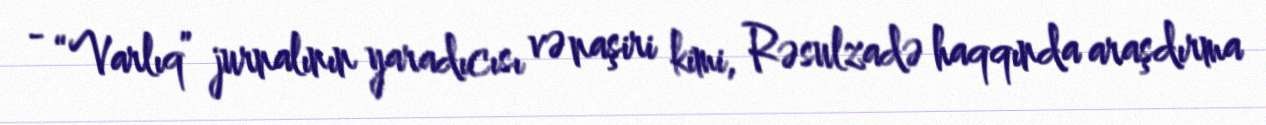
- “Varlıq” jurnalının yaradıcısı və naşiri kimi, Rəsulzadə haqqında araşdırma